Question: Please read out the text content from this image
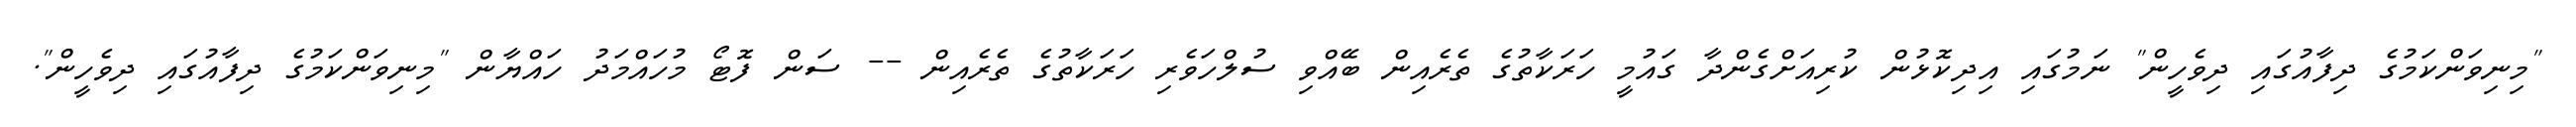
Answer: "މިނިވަންކަމުގެ ދިފާއުގައި ދިވެހީން" ނަމުގައި އިދިކޮޅުން ކުރިއަށްގެންދާ ގައުމީ ހަރަކާތުގެ ތެރެއިން ބޭއްވި ސުލްހަވެރި ހަރަކާތުގެ ތެރެއިން -- ސަން ފޮޓޯ މުހައްމަދު ހައްޔާން "މިނިވަންކަމުގެ ދިފާއުގައި ދިވެހީން".